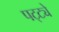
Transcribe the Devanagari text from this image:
पट्ट्ये